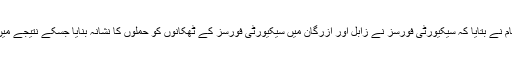
غیر ملکی خبر رساں ادارے کے مطابق حکام نے بتایا کہ سیکیورٹی فورسز نے زابل اور ازرگان میں سیکیورٹی فورسز کے ٹھکانوں کو حملوں کا نشانہ بنایا جسکے نتیجے میں آٹھ طالبان ہلاک اور سات زخمی ہو گئے ۔